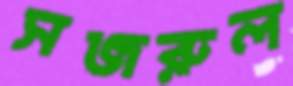
সজরুল